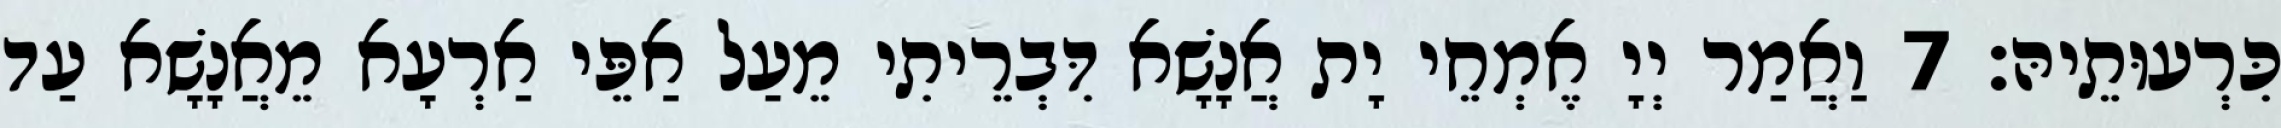
כִּרְעוּתֵיהּ׃ 7 וַאֲמַר יְיָ אֶמְחֵי יָת אֲנָשָׁא דִּבְרֵיתִי מֵעַל אַפֵּי אַרְעָא מֵאֲנָשָׁא עַד